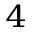
_ 4